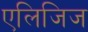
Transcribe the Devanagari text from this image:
एलिजिज